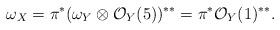
LaTeX: \begin{align*}\omega_X=\pi^{\ast}(\omega_Y\otimes \mathcal{O}_Y(5))^{\ast\ast}=\pi^{\ast}\mathcal{O}_Y(1)^{\ast\ast}.\end{align*}